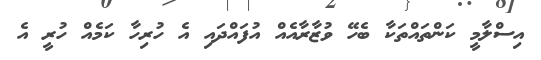
އިސްލާމީ ކަންތައްތަކާ ބެހޭ ވުޒާރާއެއް އުފައްދައި އެ ހުރިހާ ކަމެއް ހުރީ އެ